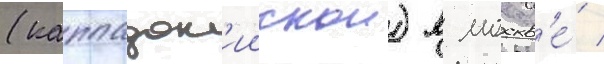
(каппадок'иискои) в москв'е́ /